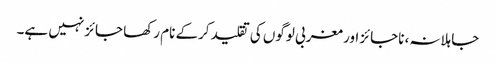
جاہلانہ، ناجائز اور مغربی لوگوں کی تقلید کرکے نام رکھا جائزنہیں ہے۔